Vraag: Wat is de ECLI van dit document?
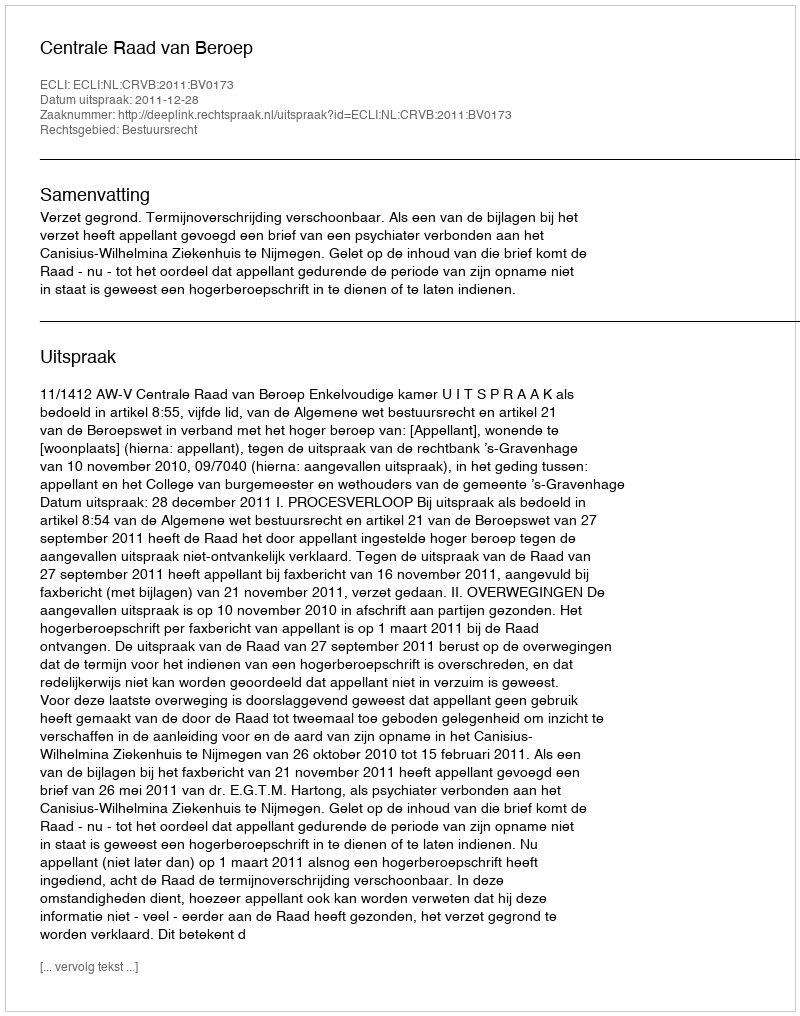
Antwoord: ECLI:NL:CRVB:2011:BV0173